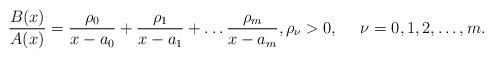
LaTeX: \begin{align*}{B(x)\over A(x)} = {\rho_0\over x- a_0}+ {\rho_1\over x- a_1} +\ldots {\rho_m\over x- a_m},\rho_\nu>0, ~~~~ \nu=0,1,2,\ldots ,m.\end{align*}